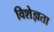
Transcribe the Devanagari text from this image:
विशेज्ञता